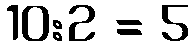
10:2 = 5